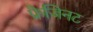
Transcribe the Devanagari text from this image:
फ्रैजिनट